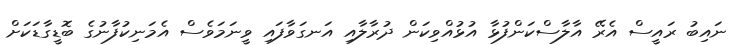
ނައިބު ރައީސް އެރޭ އާލާސްކަންފުޅާ އުޅުއްވިކަން ދުރާލާއި އަނގަވާފައި ވީނަމަވެސް އެމަނިކުފާނުގެ ބޮޑީގާޑަކަށް